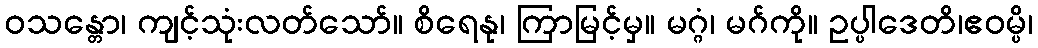
ဝသန္တော၊ ကျင့်သုံးလတ်သော်။ စိရေနု၊ ကြာမြင့်မှ။ မဂ္ဂံ၊ မဂ်ကို။ ဥပ္ပါဒေတိ၊ဧဝမ္ပိ၊